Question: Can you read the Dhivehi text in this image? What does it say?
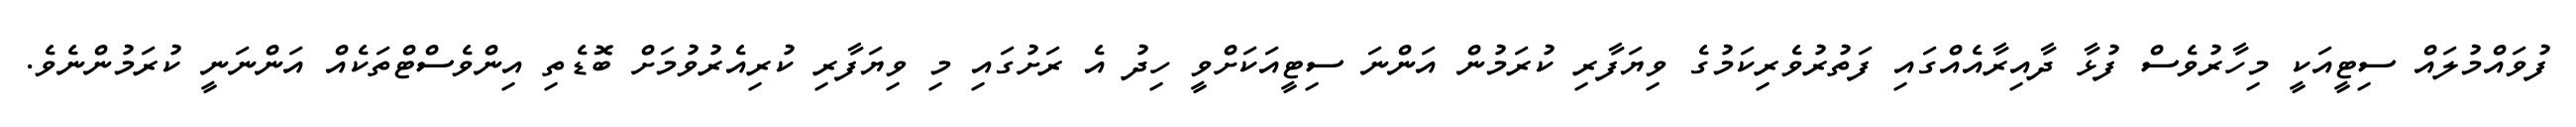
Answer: ފުވައްމުލައް ސިޓީއަކީ މިހާރުވެސް ފުޅާ ދާއިރާއެއްގައި ފަތުރުވެރިކަމުގެ ވިޔަފާރި ކުރަމުން އަންނަ ސިޓީއަކަށްވީ ހިދު އެ ރަށުގައި މި ވިޔަފާރި ކުރިއެރުވުމަށް ބޮޑެތި އިންވެސްޓްތަކެއް އަންނަނީ ކުރަމުންނެވެ.